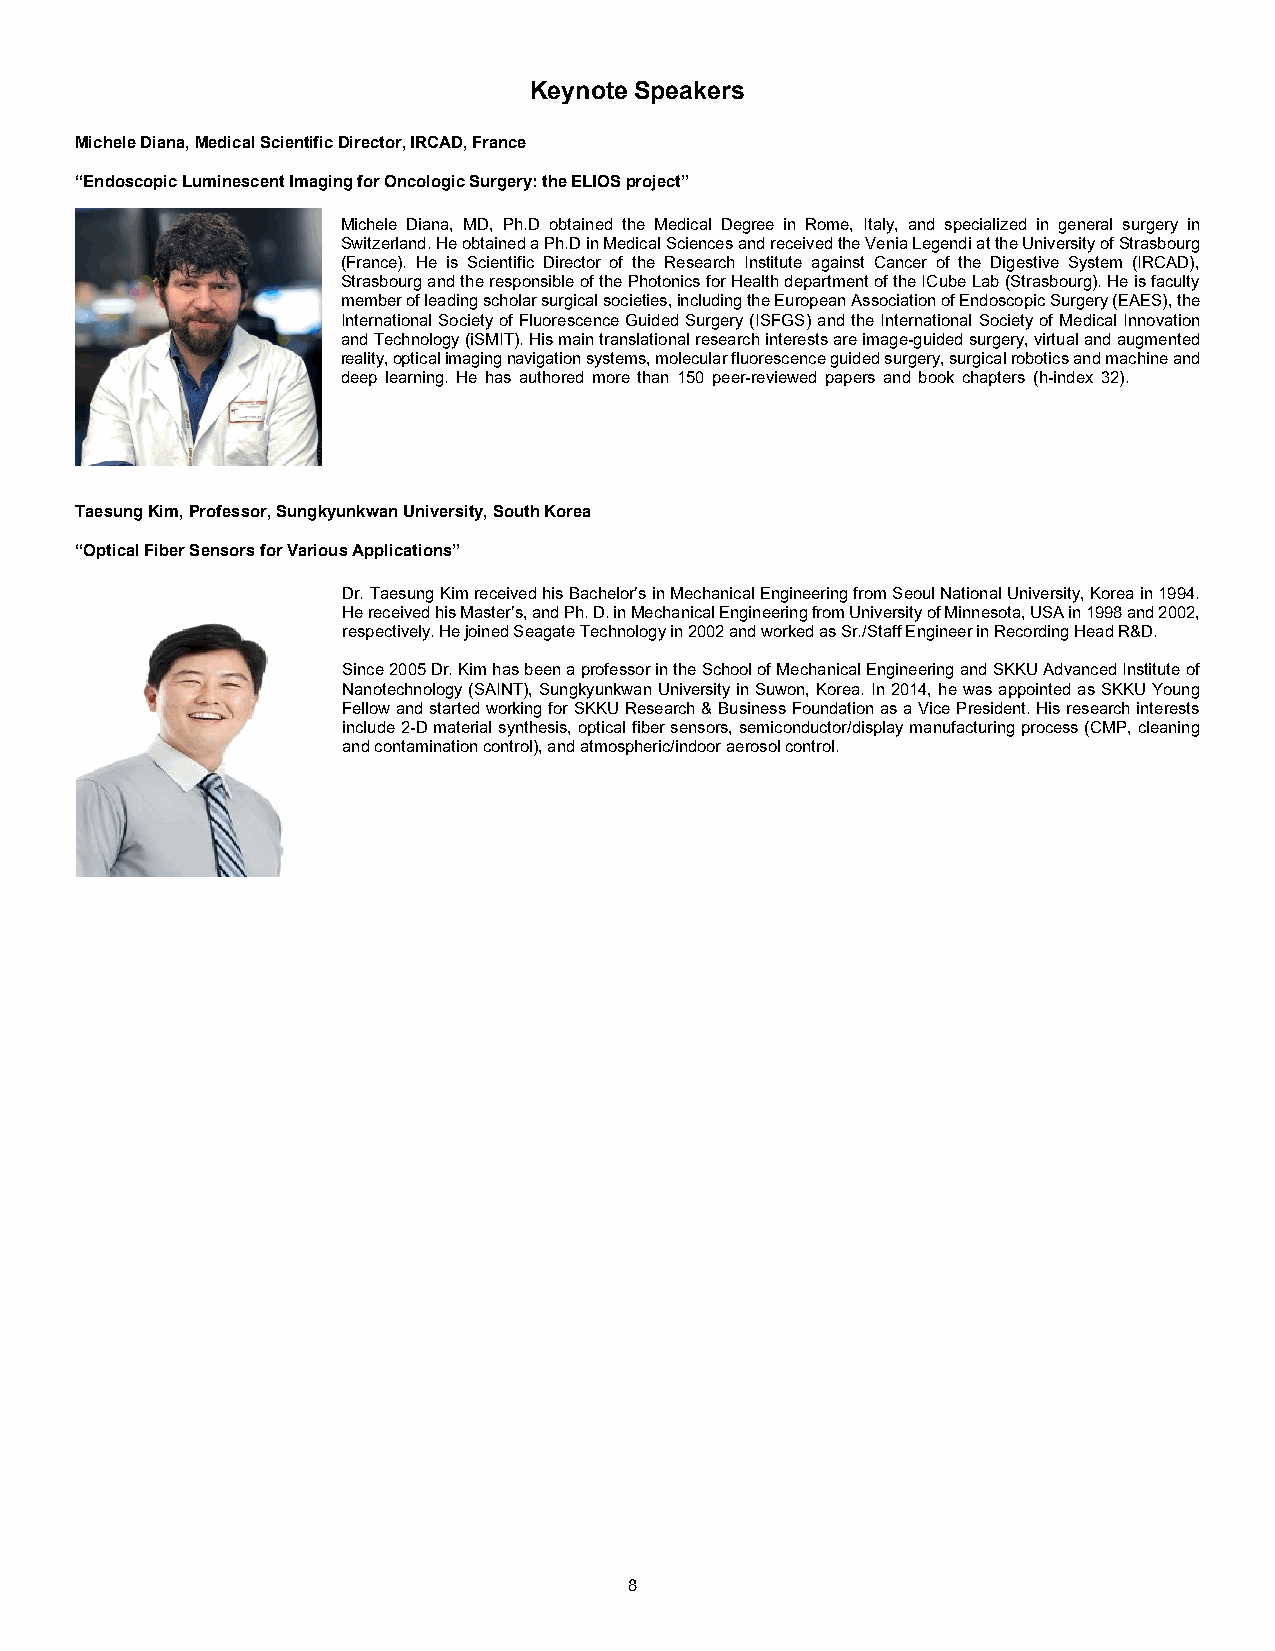
Keynote Speakers
 Michele Diana, Medical Scientific Director, IRCAD, France
 “Endoscopic Luminescent Imaging for Oncologic Surgery: the ELIOS project”
 Michele Diana, MD, Ph.D obtained the Medical Degree in Rome, Italy, and specialized in general surgery in
 Switzerland. He obtained a Ph.D in Medical Sciences and received the Venia Legendi at the University of Strasbourg
 (France). He is Scientific Director of the Research Institute against Cancer of the Digestive System (IRCAD),
 Strasbourg and the responsible of the Photonics for Health department of the ICube Lab (Strasbourg). He is faculty
 member of leading scholar surgical societies, including the European Association of Endoscopic Surgery (EAES), the
 International Society of Fluorescence Guided Surgery (ISFGS) and the International Society of Medical Innovation
 and Technology (iSMIT). His main translational research interests are image-guided surgery, virtual and augmented
 reality, optical imaging navigation systems, molecular fluorescence guided surgery, surgical robotics and machine and
 deep learning. He has authored more than 150 peer-reviewed papers and book chapters (h-index 32).
 Taesung Kim, Professor, Sungkyunkwan University, South Korea
 “Optical Fiber Sensors for Various Applications”
 Dr. Taesung Kim received his Bachelor’s in Mechanical Engineering from Seoul National University, Korea in 1994.
 He received his Master’s, and Ph. D. in Mechanical Engineering from University of Minnesota, USA in 1998 and 2002,
 respectively. He joined Seagate Technology in 2002 and worked as Sr./Staff Engineer in Recording Head R&D.
 Since 2005 Dr. Kim has been a professor in the School of Mechanical Engineering and SKKU Advanced Institute of
 Nanotechnology (SAINT), Sungkyunkwan University in Suwon, Korea. In 2014, he was appointed as SKKU Young
 Fellow and started working for SKKU Research & Business Foundation as a Vice President. His research interests
 include 2-D material synthesis, optical fiber sensors, semiconductor/display manufacturing process (CMP, cleaning
 and contamination control), and atmospheric/indoor aerosol control.
 8